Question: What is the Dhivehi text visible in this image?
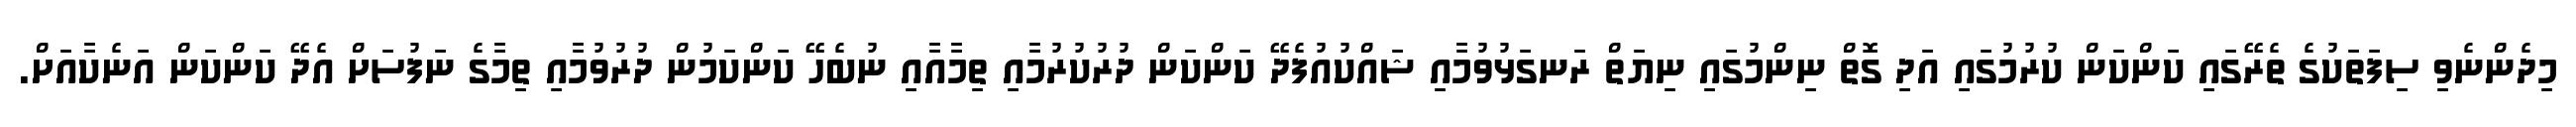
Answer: މިދެންނެވި ސިފަތަކުގެ ތެރޭގައި ކަންކަން ކުރުމުގައި އަދި ގޮތް ނިންމުގައި ނިޔަތް ރަނގަޅުވުމާއި ޝައްކުއުފެދޭ ކަންކަން ދުރުކުރުމާއި ތިމާއާއި ނުބެހޭ ކަންކަމުން ދުރުވުމާއި ތިމާގެ ނަފުސަށް އެދޭ ކަންކަން އަނެކާއަށް.